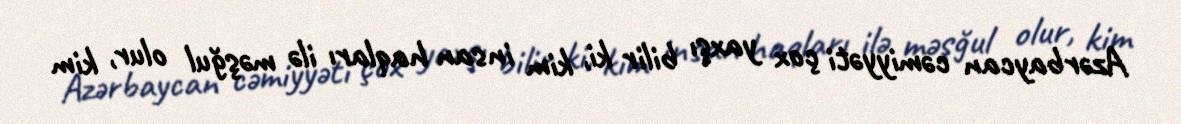
Azərbaycan cəmiyyəti çox yaxşı bilir ki, kim insan haqları ilə məşğul olur, kim